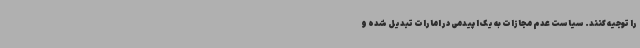
را توجیه کنند. سیاست عدم مجازات به یک اپیدمی در امارات تبدیل شده و